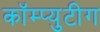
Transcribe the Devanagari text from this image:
कॉम्प्युटीग